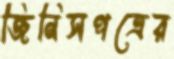
জিনিসপত্রের